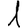
Digit: 1